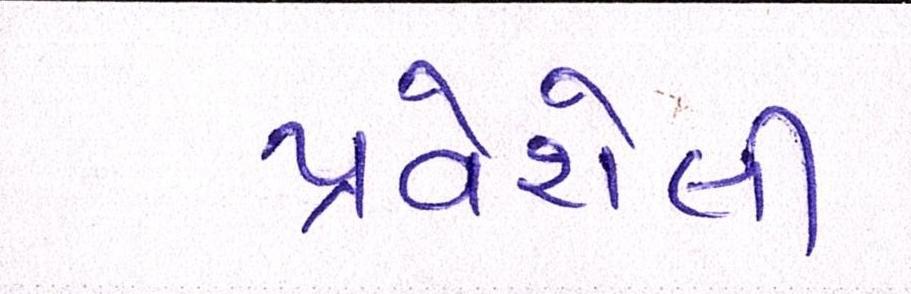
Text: પ્રવેશેલી